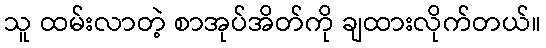
သူ ထမ်းလာတဲ့ စာအုပ်အိတ်ကို ချထားလိုက်တယ်။